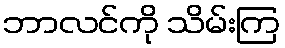
ဘာလင်ကို သိမ်းကြ